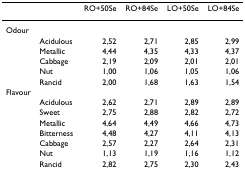
|  |  | RO+50Se | RO+84Se | LO+50Se | LO+84Se |
 | --- | --- | --- | --- | --- | --- |
 | Odour |  |  |  |  |  |
 |  | Acidulous | 2,52 | 2,71 | 2,85 | 2,99 |
 |  | Metallic | 4,44 | 4,35 | 4,33 | 4,37 |
 |  | Cabbage | 2,19 | 2,09 | 2,01 | 2,01 |
 |  | Nut | 1,00 | 1,06 | 1,05 | 1,06 |
 |  | Rancid | 2,00 | 1,68 | 1,63 | 1,54 |
 | Flavour |  |  |  |  |  |
 |  | Acidulous | 2,62 | 2,71 | 2,89 | 2,89 |
 |  | Sweet | 2,75 | 2,88 | 2,82 | 2,72 |
 |  | Metallic | 4,64 | 4,49 | 4,66 | 4,73 |
 |  | Bitterness | 4,48 | 4,27 | 4,11 | 4,13 |
 |  | Cabbage | 2,57 | 2,27 | 2,64 | 2,31 |
 |  | Nut | 1,13 | 1,19 | 1,16 | 1,12 |
 |  | Rancid | 2,82 | 2,75 | 2,30 | 2,43 |